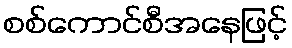
စစ်ကောင်စီအနေဖြင့်